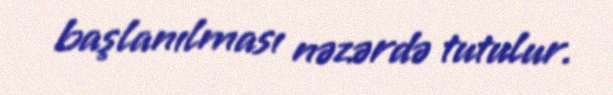
başlanılması nəzərdə tutulur.